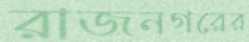
রাজনগরের